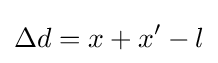
\Delta d=x+x'-l